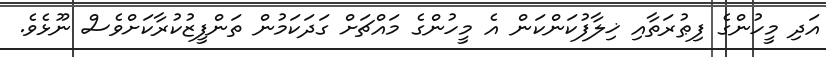
އަދި މީހުންގެ ފިޠުރަތާއި ޚިލާފުކަންކަން އެ މީހުންގެ މައްޗަށް ގަދަކަމުން ތަންފީޒުކުރާކަށްވެސް ނޫޅެވެ.